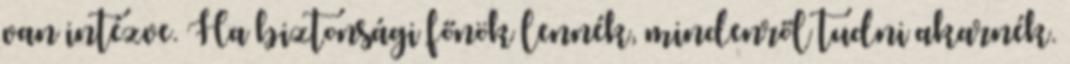
van intézve. Ha biztonsági főnök lennék, mindenről tudni akarnék.